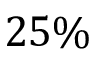
2 5 \%